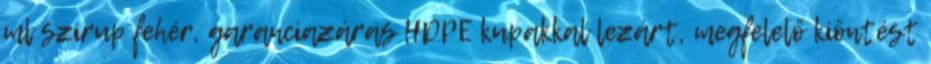
ml szirup fehér, garanciazáras HDPE kupakkal lezárt, megfelelő kiöntést